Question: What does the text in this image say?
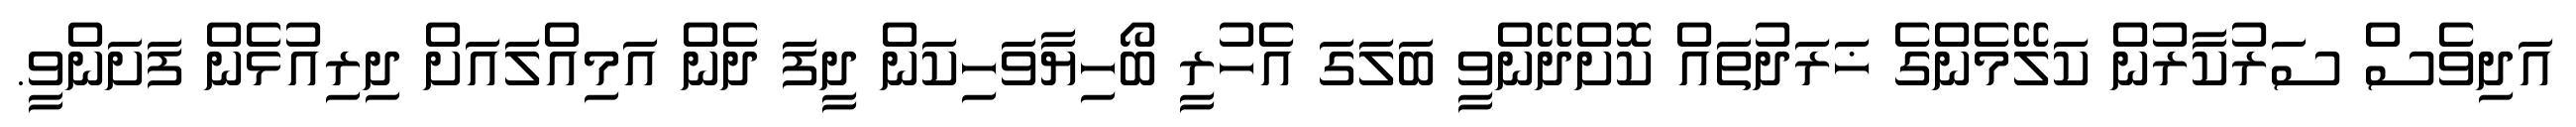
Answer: އަދިވެސް ސަރުކާރުން ކަލޭމެންގެ ޚަރަދުތައް ކޮށްދޭންވީ ބަލަގަ އެހުރީ ބޯހިޔާވަހިކަން ދީފަ ދެން އަމިއްލައަށް ދިރިއުޅެން ފަށަންވީ.